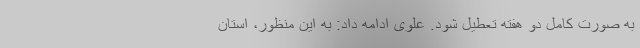
به صورت کامل دو هفته تعطیل شود. علوی ادامه داد: به این منظور، استان